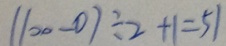
( 1 0 0 - 0 ) \div 2 + 1 = 5 1